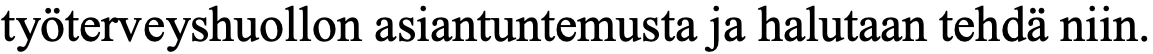
työterveyshuollon asiantuntemusta ja halutaan tehdä niin.